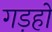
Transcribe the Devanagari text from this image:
गड़हों